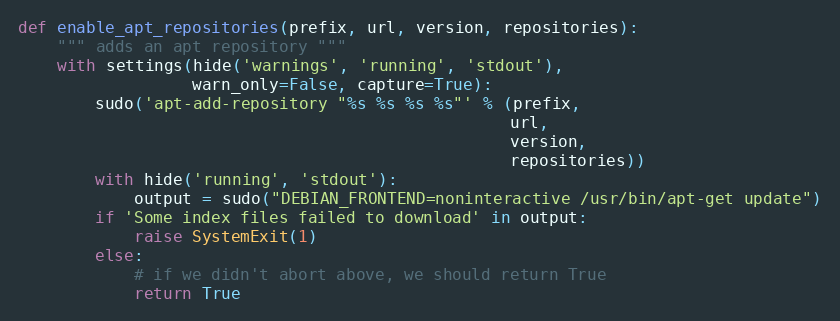
Language: Python
def enable_apt_repositories(prefix, url, version, repositories):
    """ adds an apt repository """
    with settings(hide('warnings', 'running', 'stdout'),
                  warn_only=False, capture=True):
        sudo('apt-add-repository "%s %s %s %s"' % (prefix,
                                                   url,
                                                   version,
                                                   repositories))
        with hide('running', 'stdout'):
            output = sudo("DEBIAN_FRONTEND=noninteractive /usr/bin/apt-get update")
        if 'Some index files failed to download' in output:
            raise SystemExit(1)
        else:
            # if we didn't abort above, we should return True
            return True